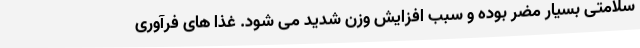
سلامتی بسیار مضر بوده و سبب افزایش وزن شدید می شود. غذا های فرآوری